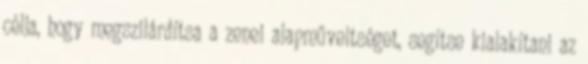
célja, hogy megszilárdítsa a zenei alapműveltséget, segítse kialakítani az